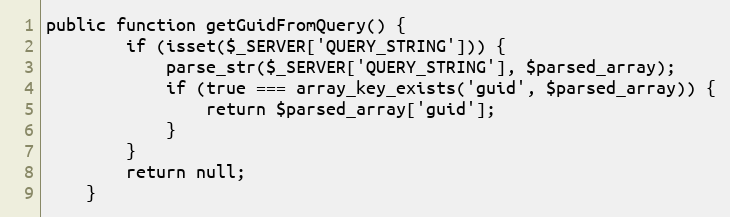
Language: PHP
public function getGuidFromQuery() {
        if (isset($_SERVER['QUERY_STRING'])) {
            parse_str($_SERVER['QUERY_STRING'], $parsed_array);
            if (true === array_key_exists('guid', $parsed_array)) {
                return $parsed_array['guid'];
            }
        }
        return null;
    }